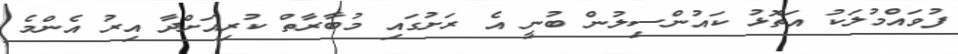
ފުވައްމުލަކު އަތޮޅު ކައުންސިލުން ބުނީ އެ ރަށުގައި މުބާރާތް ކުރިއަށްދާ އިރު އެންމެ